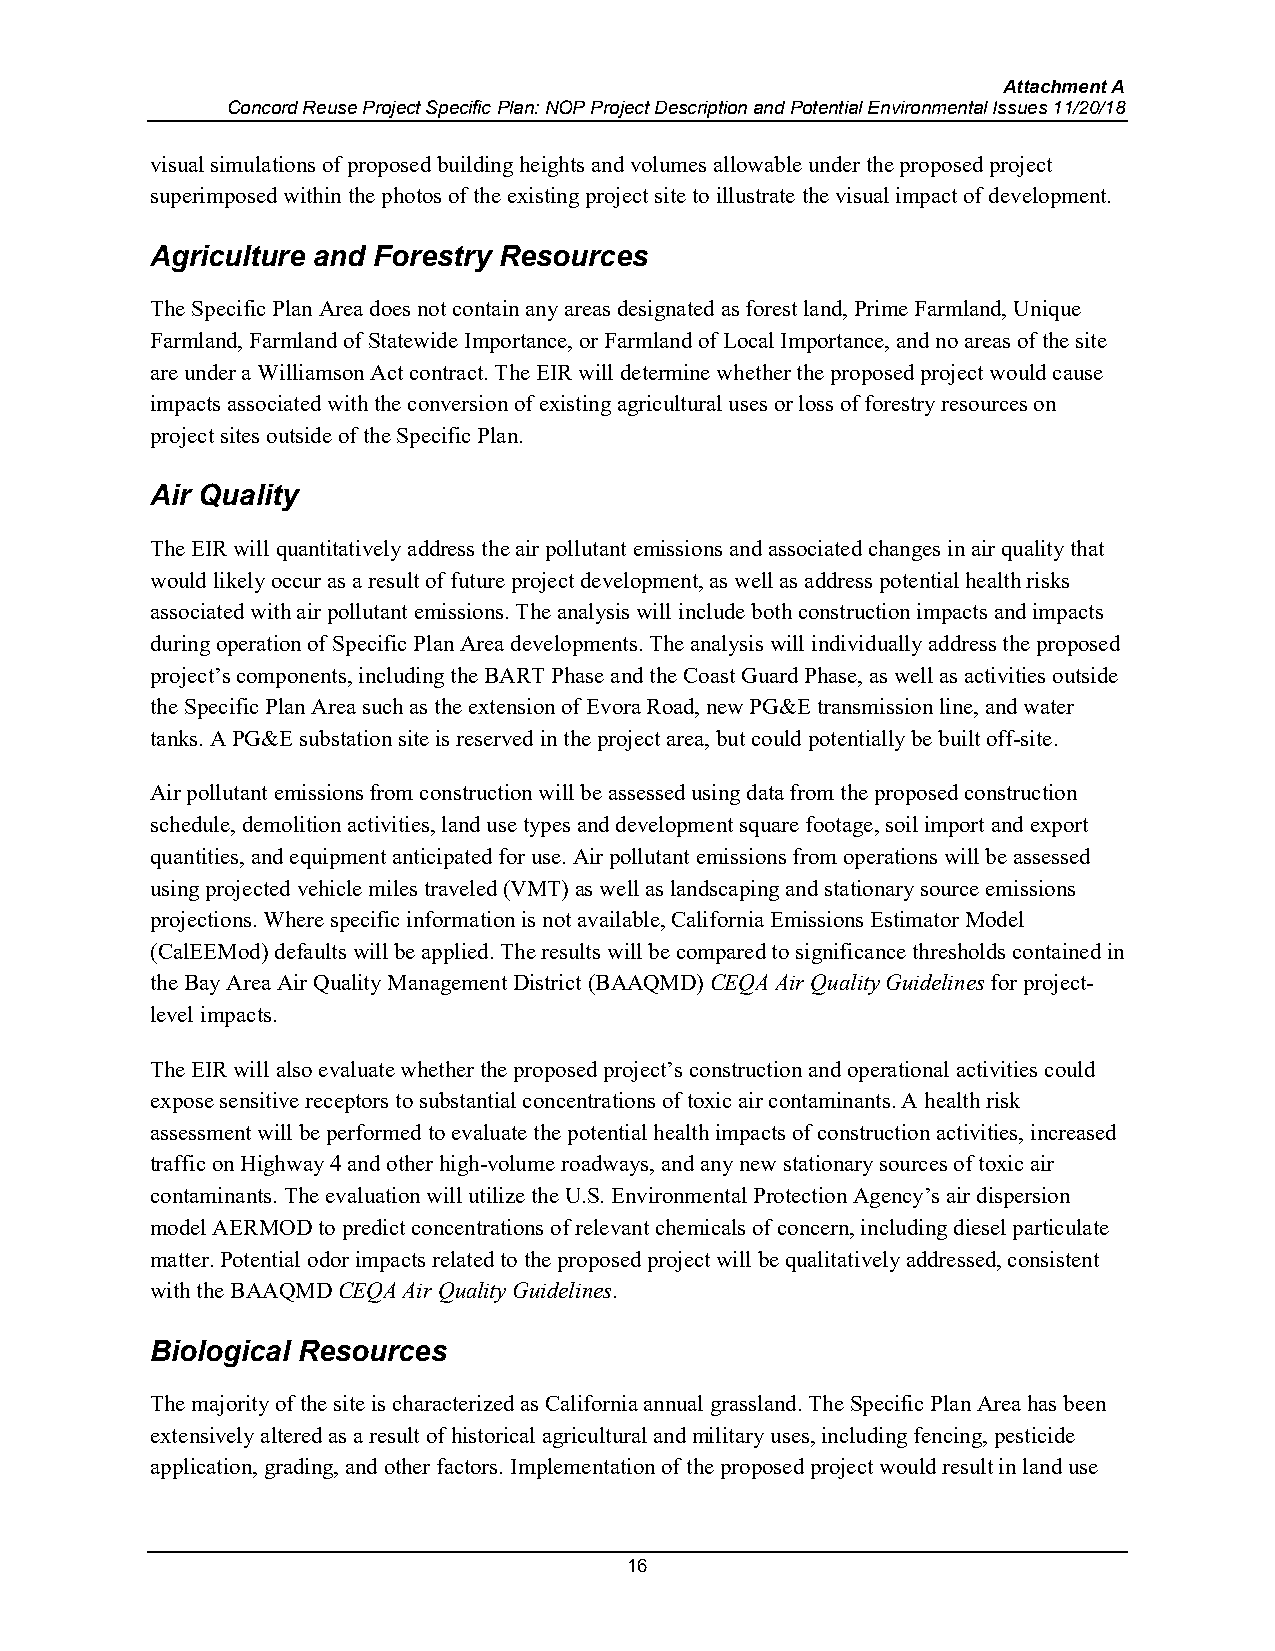
Attachment A
 Concord Reuse Project Specific Plan: NOP Project Description and Potential Environmental Issues 11/20/18
 visual simulations of proposed building heights and volumes allowable under the proposed project
 superimposed within the photos of the existing project site to illustrate the visual impact of development.
 Agriculture and Forestry Resources
 The Specific Plan Area does not contain any areas designated as forest land, Prime Farmland, Unique
 Farmland, Farmland of Statewide Importance, or Farmland of Local Importance, and no areas of the site
 are under a Williamson Act contract. The EIR will determine whether the proposed project would cause
 impacts associated with the conversion of existing agricultural uses or loss of forestry resources on
 project sites outside of the Specific Plan.
 Air Quality
 The EIR will quantitatively address the air pollutant emissions and associated changes in air quality that
 would likely occur as a result of future project development, as well as address potential health risks
 associated with air pollutant emissions. The analysis will include both construction impacts and impacts
 during operation of Specific Plan Area developments. The analysis will individually address the proposed
 project’s components, including the BART Phase and the Coast Guard Phase, as well as activities outside
 the Specific Plan Area such as the extension of Evora Road, new PG&E transmission line, and water
 tanks. A PG&E substation site is reserved in the project area, but could potentially be built off-site.
 Air pollutant emissions from construction will be assessed using data from the proposed construction
 schedule, demolition activities, land use types and development square footage, soil import and export
 quantities, and equipment anticipated for use. Air pollutant emissions from operations will be assessed
 using projected vehicle miles traveled (VMT) as well as landscaping and stationary source emissions
 projections. Where specific information is not available, California Emissions Estimator Model
 (CalEEMod) defaults will be applied. The results will be compared to significance thresholds contained in
 the Bay Area Air Quality Management District (BAAQMD) CEQA Air Quality Guidelines for project-
 level impacts.
 The EIR will also evaluate whether the proposed project’s construction and operational activities could
 expose sensitive receptors to substantial concentrations of toxic air contaminants. A health risk
 assessment will be performed to evaluate the potential health impacts of construction activities, increased
 traffic on Highway 4 and other high-volume roadways, and any new stationary sources of toxic air
 contaminants. The evaluation will utilize the U.S. Environmental Protection Agency’s air dispersion
 model AERMOD to predict concentrations of relevant chemicals of concern, including diesel particulate
 matter. Potential odor impacts related to the proposed project will be qualitatively addressed, consistent
 with the BAAQMD CEQA Air Quality Guidelines.
 Biological Resources
 The majority of the site is characterized as California annual grassland. The Specific Plan Area has been
 extensively altered as a result of historical agricultural and military uses, including fencing, pesticide
 application, grading, and other factors. Implementation of the proposed project would result in land use
 16